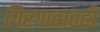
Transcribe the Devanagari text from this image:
गिरगावातही